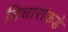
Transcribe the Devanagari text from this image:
विचारांकडे